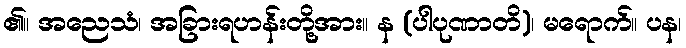
၏။ အညေသံ၊ အခြားရဟန်းတို့အား။ န (ပါပုဏာတိ)၊ မရောက်။ ပန၊